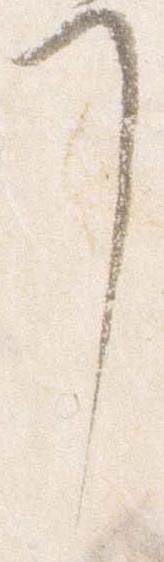
了